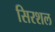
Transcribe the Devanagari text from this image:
सिरशल